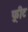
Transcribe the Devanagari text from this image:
फ़्रीट